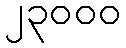
၂၃၀၀၀